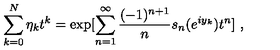
\sum _ { k = 0 } ^ { N } \eta _ { k } t ^ { k } = \exp [ \sum _ { n = 1 } ^ { \infty } \frac { ( - 1 ) ^ { n + 1 } } { n } s _ { n } ( e ^ { i y _ { k } } ) t ^ { n } ] \ ,